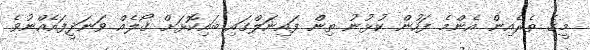
މީގެ ތެރެއިން އެންމެ ފަހުން ކުޅުނު ތިން ފައިނަލްގައި ބައިކޮޅަށް ގޯލެއް ވަނަދީފައެއްނުވެ